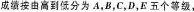
成绩按由高到低分为A，B，C，D，E五个等级，